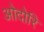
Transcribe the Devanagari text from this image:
ओदोरि